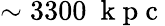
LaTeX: \sim 3300~\mathrm{~k~p~c~}